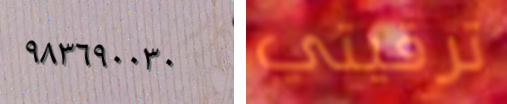
٩٨٣٦٩٠٠٣٠ ترقيتي